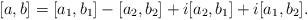
LaTeX: \begin{align*}[a,b]=[a_1,b_1]-[a_2,b_2]+i[a_2,b_1]+i[a_1,b_2].\end{align*}